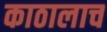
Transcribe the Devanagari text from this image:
काठालाच